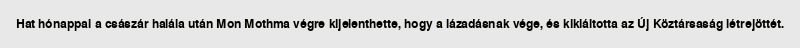
Hat hónappal a császár halála után Mon Mothma végre kijelenthette, hogy a lázadásnak vége, és kikiáltotta az Új Köztársaság létrejöttét.